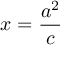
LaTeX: x = { \frac { a ^ { 2 } } { c } }